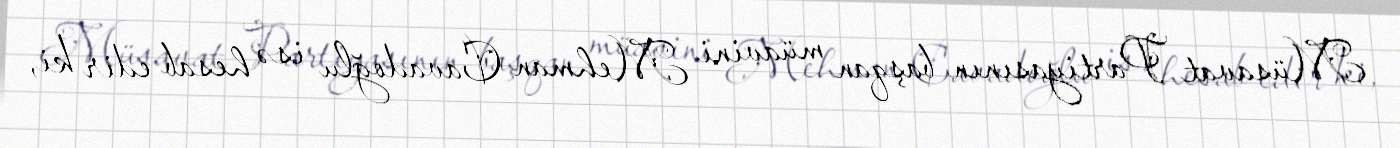
Müsavat Partiyasının başqan müavini Mehman Cavadoğlu isə hesab edir ki,